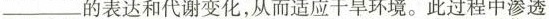
_______的表达和代谢变化，从而适应干旱环境。此过程中渗透